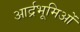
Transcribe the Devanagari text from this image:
आर्द्रभूमिओं